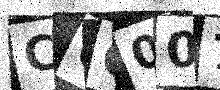
Text: COG007